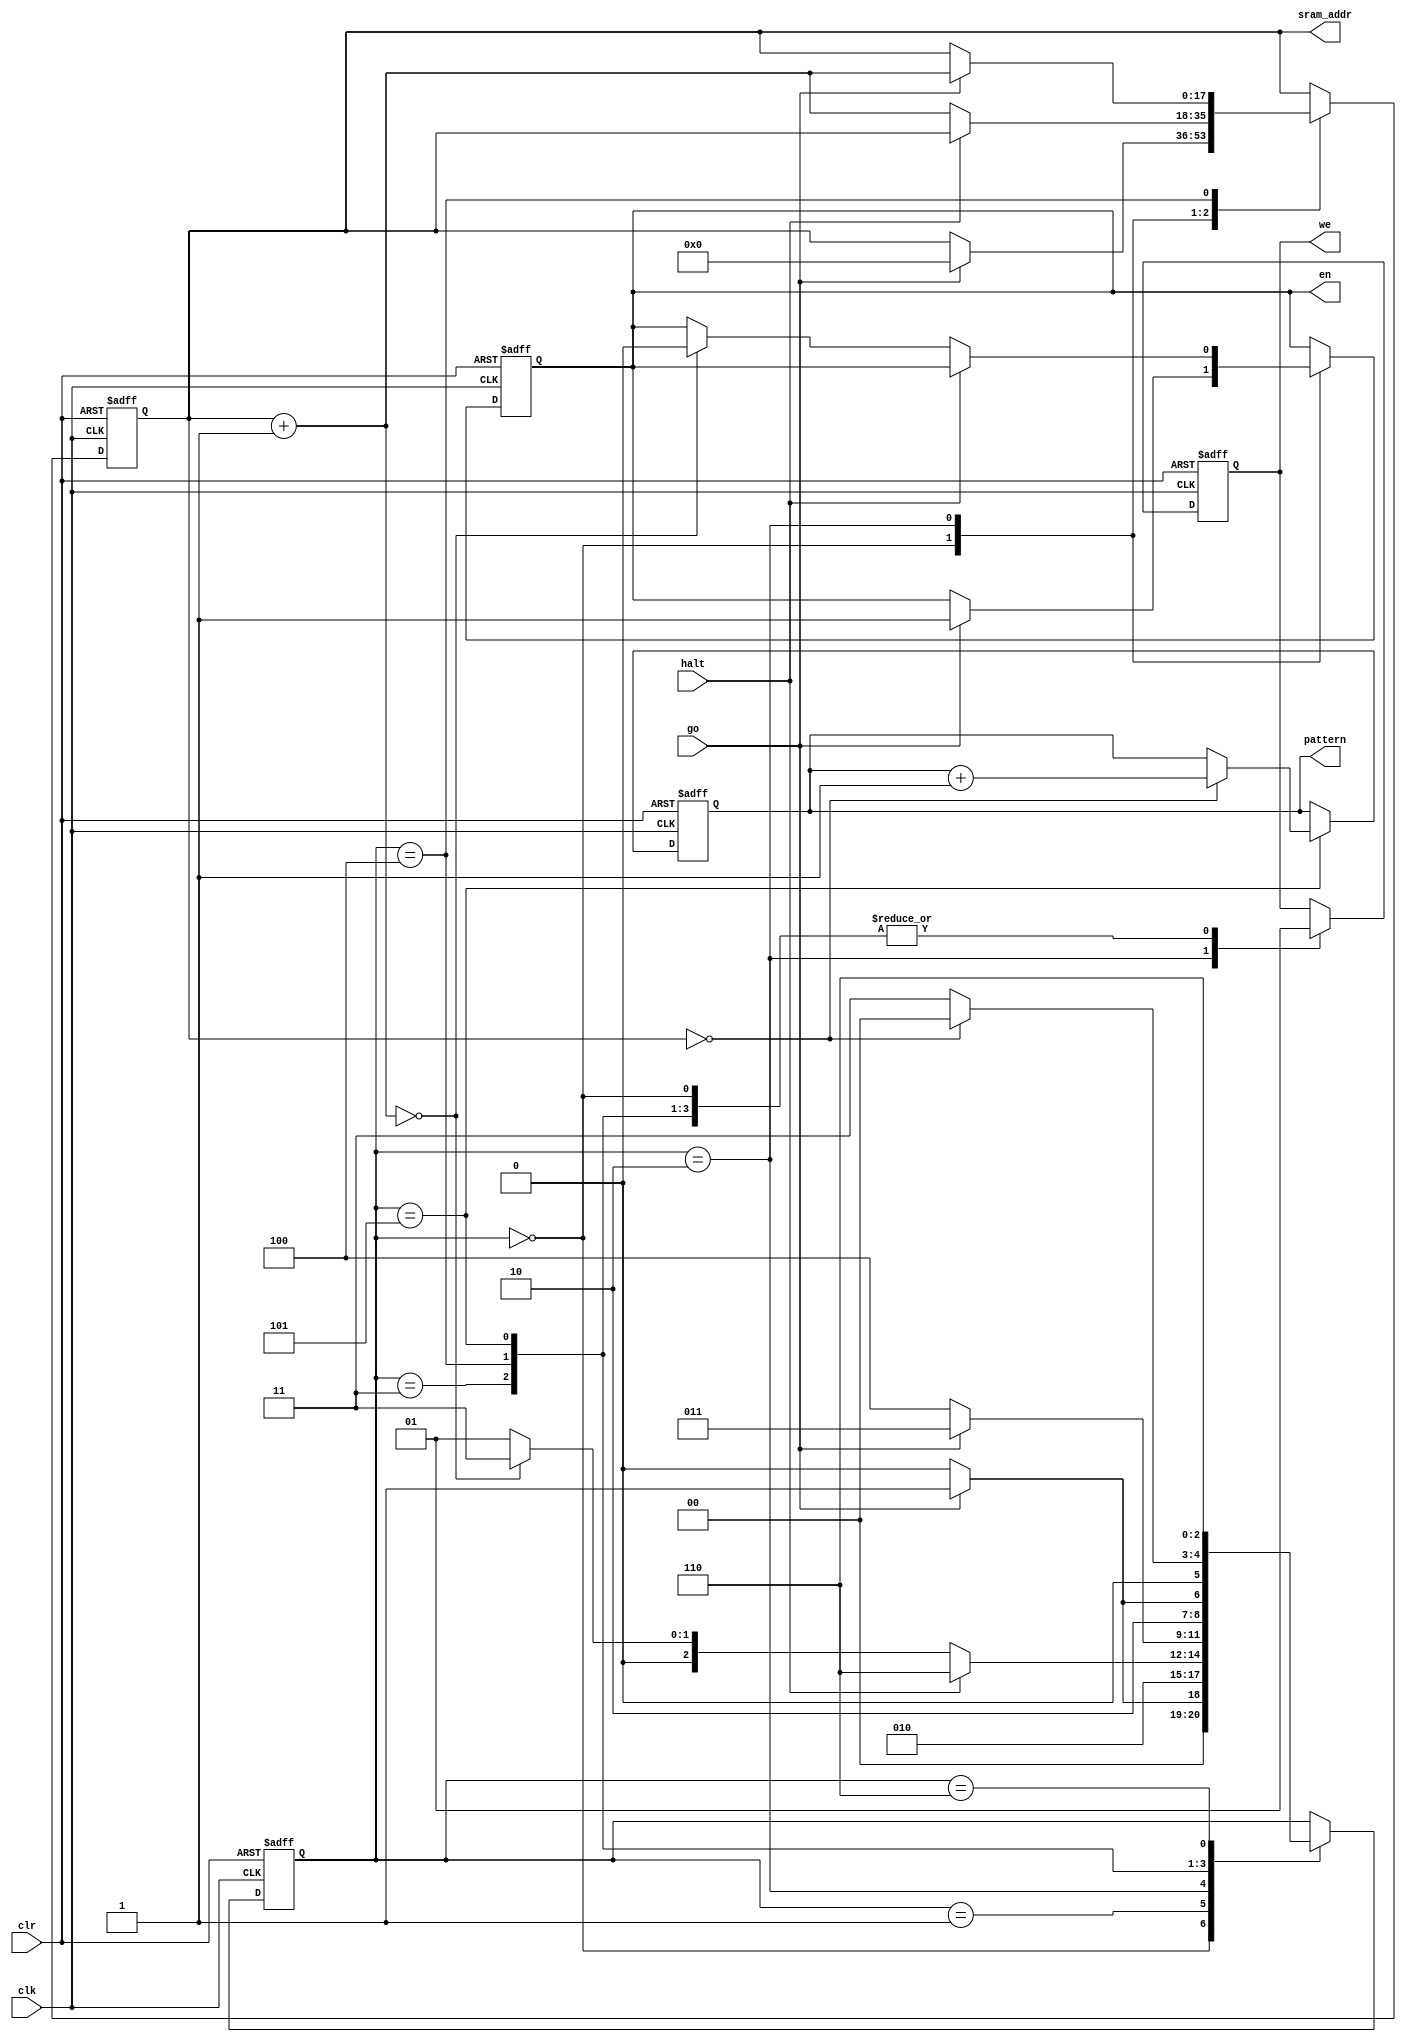
module pram_sram_ctrl(
	input clk,
	input clr,
	input go,
	input halt,
	output reg we,
	output [17:0] sram_addr,
	output [5:0] pattern,
	output reg en
);

reg[2:0] state;
parameter
	START		= 3'b000,
	ADDROUT		= 3'b001,
	TEST1		= 3'b010,
	WAIT_AND_GO	= 3'b011,
	READ		= 3'b100,
	TEST2		= 3'b101,
	HALT		= 3'b110;
reg [17:0] addrv;
reg [5:0] patternv;

assign sram_addr = addrv;
assign pattern = patternv;

always @(posedge clk or posedge clr)
begin
	if (clr == 1)
		begin
			state <= START;
			addrv = 0;
			patternv = 0;
			we <= 1;
			en <= 0;
		end
	else
		case(state)
			START:
			begin
				we <= 1;
				if (go == 1)
					begin
						addrv = 0;
						en <= 1;
						state <= ADDROUT;
					end
				else
					state <= START;
			end
			
			ADDROUT:
			begin
				state <= TEST1;
				we <= 1;
			end
			
			TEST1:
			begin
				we <= 0;
				if (halt == 1)
					state <= HALT;
				else
					begin
						addrv = addrv + 1;
						if (addrv == 0)
							begin
								state <= WAIT_AND_GO;
								en <= 0;
							end
						else
							state <= ADDROUT;
					end
			end
			
			WAIT_AND_GO:
			begin
				we <= 1;
				if (go == 1)
					state <= WAIT_AND_GO;
				else
					state <= READ;
			end
			
			READ:
			begin
				we <= 1;
				if (go == 1)
					begin
						state <= TEST2;
						addrv = addrv + 1;
					end
				else
					state <= READ;
			end
			
			TEST2:
			begin
				we <= 1;
				if (addrv == 0)
					begin
						patternv = patternv + 1;
						state <= START;
					end
				else
					state <= WAIT_AND_GO;
			end
			
			HALT:
			begin
				state <= HALT;
			end
			
			default;
		endcase
end

endmodule